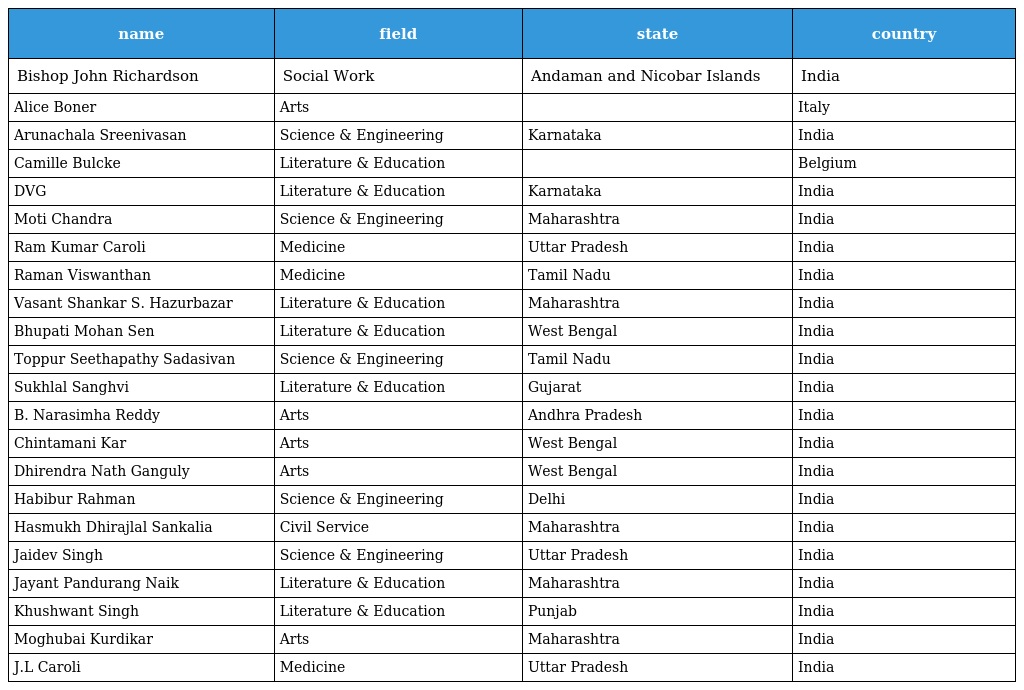
| name | field | state | country |
 | --- | --- | --- | --- |
 | Bishop John Richardson | Social Work | Andaman and Nicobar Islands | India |
 | Alice Boner | Arts |  | Italy |
 | Arunachala Sreenivasan | Science & Engineering | Karnataka | India |
 | Camille Bulcke | Literature & Education |  | Belgium |
 | DVG | Literature & Education | Karnataka | India |
 | Moti Chandra | Science & Engineering | Maharashtra | India |
 | Ram Kumar Caroli | Medicine | Uttar Pradesh | India |
 | Raman Viswanthan | Medicine | Tamil Nadu | India |
 | Vasant Shankar S. Hazurbazar | Literature & Education | Maharashtra | India |
 | Bhupati Mohan Sen | Literature & Education | West Bengal | India |
 | Toppur Seethapathy Sadasivan | Science & Engineering | Tamil Nadu | India |
 | Sukhlal Sanghvi | Literature & Education | Gujarat | India |
 | B. Narasimha Reddy | Arts | Andhra Pradesh | India |
 | Chintamani Kar | Arts | West Bengal | India |
 | Dhirendra Nath Ganguly | Arts | West Bengal | India |
 | Habibur Rahman | Science & Engineering | Delhi | India |
 | Hasmukh Dhirajlal Sankalia | Civil Service | Maharashtra | India |
 | Jaidev Singh | Science & Engineering | Uttar Pradesh | India |
 | Jayant Pandurang Naik | Literature & Education | Maharashtra | India |
 | Khushwant Singh | Literature & Education | Punjab | India |
 | Moghubai Kurdikar | Arts | Maharashtra | India |
 | J.L Caroli | Medicine | Uttar Pradesh | India |